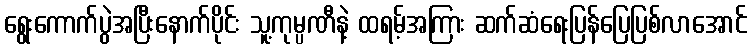
ရွေးကောက်ပွဲအပြီးနောက်ပိုင်း သူ့ကုမ္ပဏီနဲ့ ထရမ့်အကြား ဆက်ဆံရေးပြန်ပြေပြစ်လာအောင်